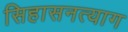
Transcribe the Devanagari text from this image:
सिहासनत्याग